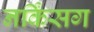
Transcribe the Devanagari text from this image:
नर्किंसग